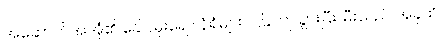
အဆောက်အအုံ၏ ခေါင်မိုးရော နံရံများပါ ပြိုကျသွားပြီး၊ မီးသည် အခုထိ